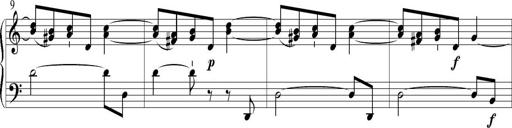
Title: 6 Leichte Sonatinen, Teil 1
Composer: F. Sigismund Sander